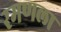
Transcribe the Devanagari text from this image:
रमणला